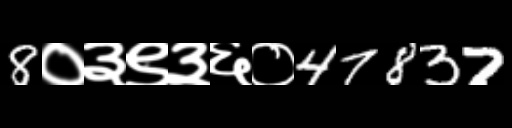
Text: 8०३९३६०47837